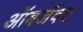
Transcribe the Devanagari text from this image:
ऑबजॅक्ट